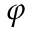
\varphi